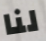
لنا